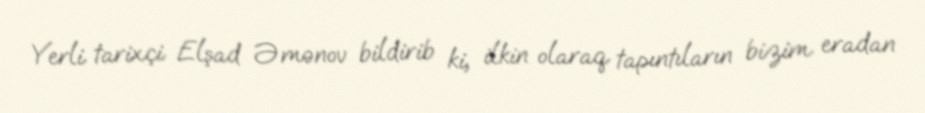
Yerli tarixçi Elşad Əmənov bildirib ki, ilkin olaraq tapıntıların bizim eradan